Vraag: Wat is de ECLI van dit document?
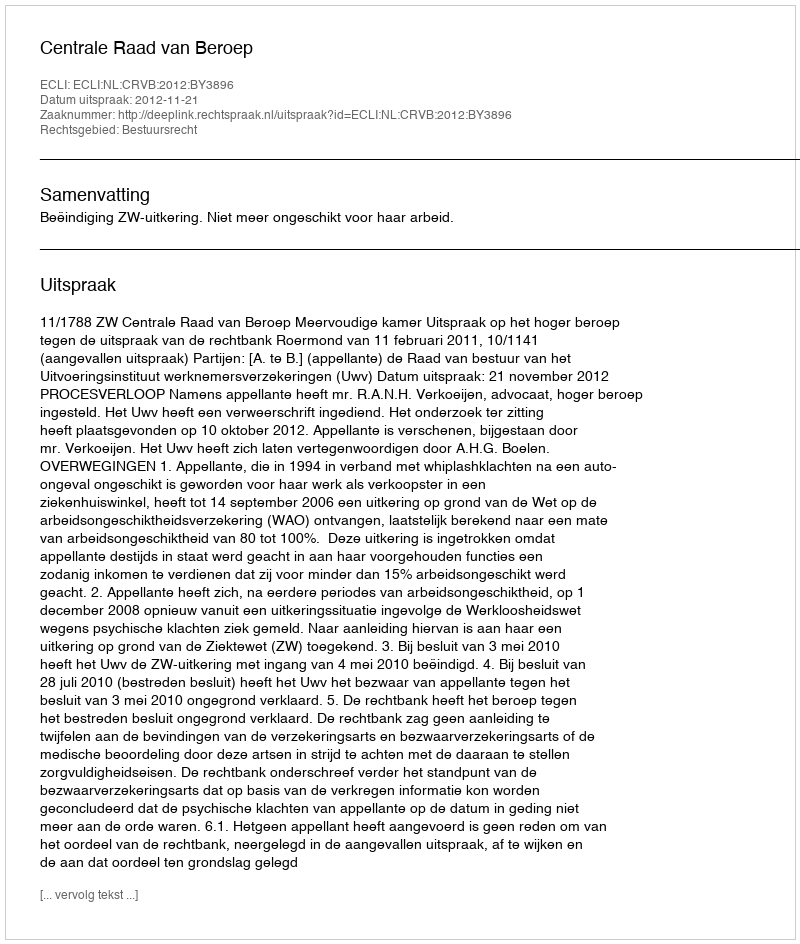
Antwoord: ECLI:NL:CRVB:2012:BY3896